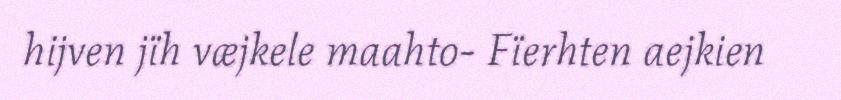
hijven jïh væjkele maahto- Fïerhten aejkien